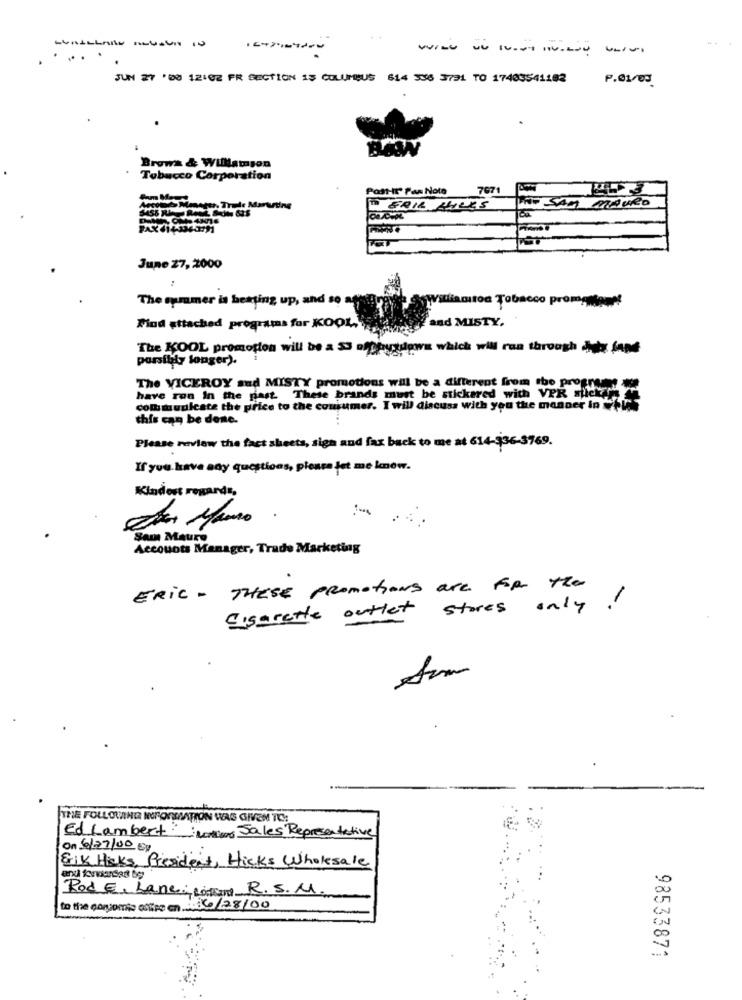
------ --
..
JUN 27 '80 12:02 FR SECTION 15 COLUMBUS 614 506 3791 TO 17403541182
P.01/03
Brows & Williamson
Tobacco Corporation
Post-It Pas Noto
797
- ERIK Bye
PAX
June 27, 2000
:
The summer is betting up, and so ag
williamitod Tobacco promotiones
and MISTY.
Find attached programs for KOOL ,,
The KOOL promotion will be a 53 offputdown which will run through Ab fant
porsilily longer).
The VICEROY sud MISTY promotions will be a different from the progress
have ron In the past. These brands must be stickared with VPR sticky
communicate the price to the consumer. I will discuss with you the manner to
this can be done.
Please review the fact sheets, sign and fax back to me at 614-936-3969.
If you have any questions, please let me lanow.
Kindest regards,
De Mauro .
Som Maure
Accounts Manager, Trade Marketing
ERIC - THESE Promotions are for the
Cigarette outlet stores only!
THE FOLLOWING INFORMATION WAS GIVEN TO:
Ed Lambert ::
-Monlero Sales Representative
On 6/27/00 08
Erik Heks, President, Hicks Wholesale
Rod E. Lane Lisant R.S.M.
to the corsomis cofre on 086/28/00
98533871